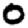
Digit: 0